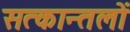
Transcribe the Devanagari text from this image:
सत्कान्तलों